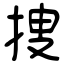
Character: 捜